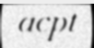
acpt